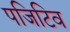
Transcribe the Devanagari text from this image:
पजिटिव